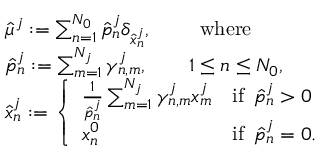
\begin{array} { r l } & { \hat { \mu } ^ { j } : = \sum _ { n = 1 } ^ { N _ { 0 } } \hat { p } _ { n } ^ { j } \delta _ { \hat { x } _ { n } ^ { j } } , \qquad \mathrm { ~ w h e r e } } \\ & { \hat { p } _ { n } ^ { j } : = \sum _ { m = 1 } ^ { N _ { j } } \gamma _ { n , m } ^ { j } , \qquad 1 \leq n \leq N _ { 0 } , } \\ & { \hat { x } _ { n } ^ { j } : = \left\{ \begin{array} { l l } { \frac { 1 } { \hat { p } _ { n } ^ { j } } \sum _ { m = 1 } ^ { N _ { j } } \gamma _ { n , m } ^ { j } x _ { m } ^ { j } } & { \mathrm { i f ~ } \, { \hat { p } _ { n } ^ { j } } > 0 } \\ { x _ { n } ^ { 0 } } & { \mathrm { i f ~ } \, { \hat { p } _ { n } ^ { j } } = 0 . } \end{array} \right. } \end{array}